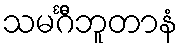
သမင်္ဂီဘူတာနံ